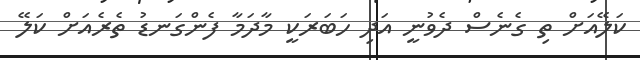
ކަލޭއަށް ތި ގެނެސް ދެވުނީ އަދި ހަބަރަކީ މާދަމާ ފެންގަނޑު ތެރެއަށް ކަލޭ